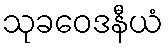
သုခဝေဒနီယံ